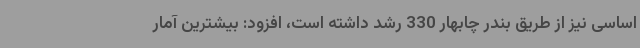
اساسی نیز از طریق بندر چابهار 330 رشد داشته است، افزود: بیشترین آمار